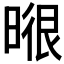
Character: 𭦶